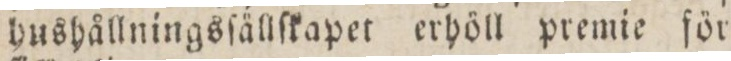
hushållningsſällſkapet erhöll premie för